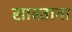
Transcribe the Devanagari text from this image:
सारताना